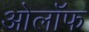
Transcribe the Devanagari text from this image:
ओलॉफ